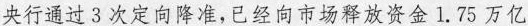
央行通过3次定向降准，已经向市场释放资金1.75万亿